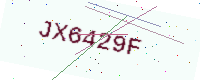
Text: JX6429F